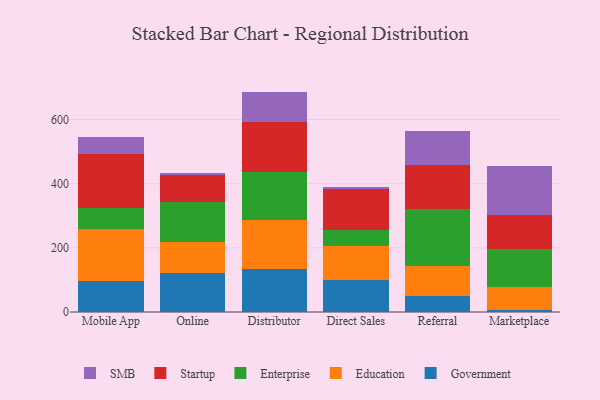
{"axis": {"x": "Channel", "y": "Churn Rate (%)"}, "legend": ["Education", "Enterprise", "Government", "SMB", "Startup"], "data": [{"x": "Mobile App", "y": 95.7, "type": "Government"}, {"x": "Mobile App", "y": 162.7, "type": "Education"}, {"x": "Mobile App", "y": 65.2, "type": "Enterprise"}, {"x": "Mobile App", "y": 169.3, "type": "Startup"}, {"x": "Mobile App", "y": 51.5, "type": "SMB"}, {"x": "Online", "y": 121.8, "type": "Government"}, {"x": "Online", "y": 97.8, "type": "Education"}, {"x": "Online", "y": 122.8, "type": "Enterprise"}, {"x": "Online", "y": 84.2, "type": "Startup"}, {"x": "Online", "y": 7.9, "type": "SMB"}, {"x": "Distributor", "y": 134.3, "type": "Government"}, {"x": "Distributor", "y": 153.7, "type": "Education"}, {"x": "Distributor", "y": 147.2, "type": "Enterprise"}, {"x": "Distributor", "y": 156.3, "type": "Startup"}, {"x": "Distributor", "y": 95.5, "type": "SMB"}, {"x": "Direct Sales", "y": 99.0, "type": "Government"}, {"x": "Direct Sales", "y": 106.9, "type": "Education"}, {"x": "Direct Sales", "y": 48.9, "type": "Enterprise"}, {"x": "Direct Sales", "y": 129.6, "type": "Startup"}, {"x": "Direct Sales", "y": 5.2, "type": "SMB"}, {"x": "Referral", "y": 50.9, "type": "Government"}, {"x": "Referral", "y": 92.8, "type": "Education"}, {"x": "Referral", "y": 176.8, "type": "Enterprise"}, {"x": "Referral", "y": 138.6, "type": "Startup"}, {"x": "Referral", "y": 104.6, "type": "SMB"}, {"x": "Marketplace", "y": 6.7, "type": "Government"}, {"x": "Marketplace", "y": 71.7, "type": "Education"}, {"x": "Marketplace", "y": 117.1, "type": "Enterprise"}, {"x": "Marketplace", "y": 106.0, "type": "Startup"}, {"x": "Marketplace", "y": 154.4, "type": "SMB"}]}